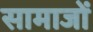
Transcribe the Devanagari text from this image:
सामाजों